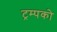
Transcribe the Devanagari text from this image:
ट्रम्पको